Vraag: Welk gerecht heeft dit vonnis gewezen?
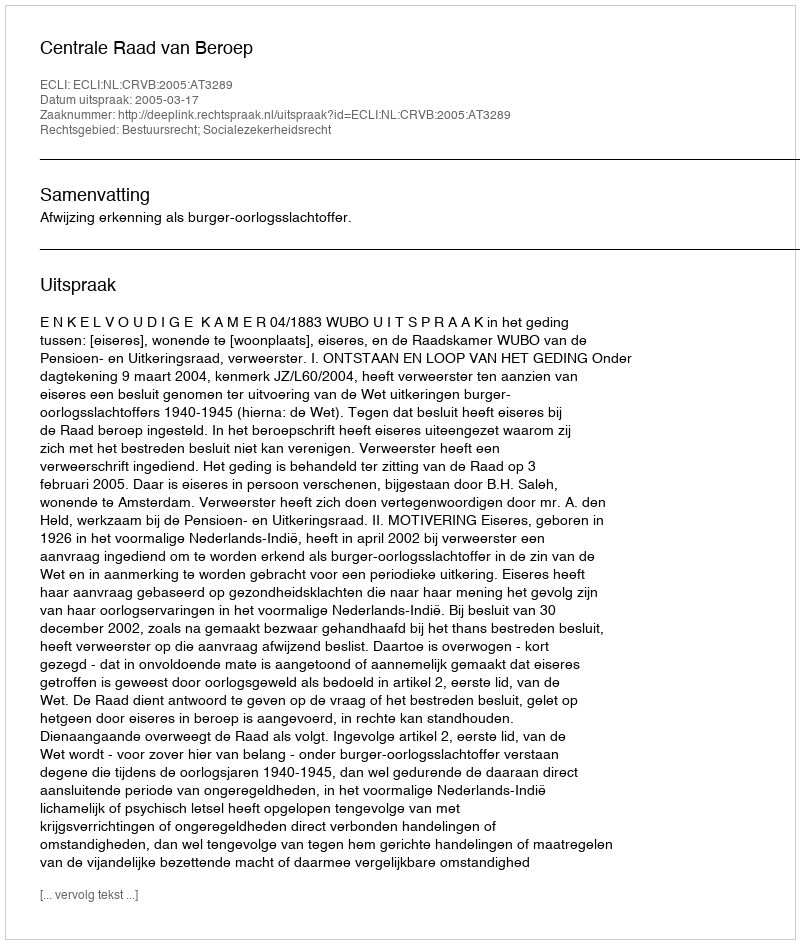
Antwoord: Centrale Raad van Beroep